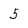
Character: 5